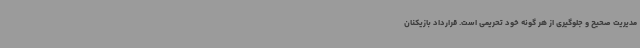
مدیریت صحیح و جلوگیری از هر گونه خود تحریمی است. قرارداد بازیکنان